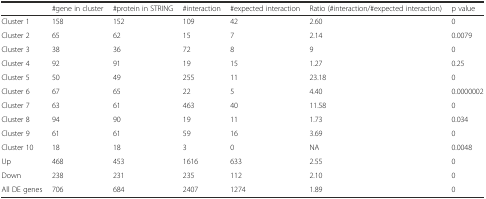
<table><thead><tr><td></td><td><b>#gene in cluster</b></td><td><b>#protein in STRING</b></td><td><b>#interaction</b></td><td><b>#expected interaction</b></td><td><b>Ratio (#interaction/#expected interaction)</b></td><td><b>p value</b></td></tr></thead><tbody><tr><td>Cluster 1</td><td>158</td><td>152</td><td>109</td><td>42</td><td>2.60</td><td>0</td></tr><tr><td>Cluster 2</td><td>65</td><td>62</td><td>15</td><td>7</td><td>2.14</td><td>0.0079</td></tr><tr><td>Cluster 3</td><td>38</td><td>36</td><td>72</td><td>8</td><td>9</td><td>0</td></tr><tr><td>Cluster 4</td><td>92</td><td>91</td><td>19</td><td>15</td><td>1.27</td><td>0.25</td></tr><tr><td>Cluster 5</td><td>50</td><td>49</td><td>255</td><td>11</td><td>23.18</td><td>0</td></tr><tr><td>Cluster 6</td><td>67</td><td>65</td><td>22</td><td>5</td><td>4.40</td><td>0.0000002</td></tr><tr><td>Cluster 7</td><td>63</td><td>61</td><td>463</td><td>40</td><td>11.58</td><td>0</td></tr><tr><td>Cluster 8</td><td>94</td><td>90</td><td>19</td><td>11</td><td>1.73</td><td>0.034</td></tr><tr><td>Cluster 9</td><td>61</td><td>61</td><td>59</td><td>16</td><td>3.69</td><td>0</td></tr><tr><td>Cluster 10</td><td>18</td><td>18</td><td>3</td><td>0</td><td>NA</td><td>0.0048</td></tr><tr><td>Up</td><td>468</td><td>453</td><td>1616</td><td>633</td><td>2.55</td><td>0</td></tr><tr><td>Down</td><td>238</td><td>231</td><td>235</td><td>112</td><td>2.10</td><td>0</td></tr><tr><td>All DE genes</td><td>706</td><td>684</td><td>2407</td><td>1274</td><td>1.89</td><td>0</td></tr></tbody></table>